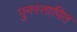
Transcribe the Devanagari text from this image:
पुनस्तापित